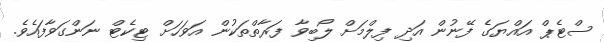
ސްޓެޕް އައްޔަގެ ފޭނުން އަދި ފިލްމަށް ލޯބިވާ ފަރާތްތަކުން އަވަހަށް ޓިކެޓް ނަންގަވާފައެވެ.